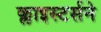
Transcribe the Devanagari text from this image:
क्लाइस्टर्सने